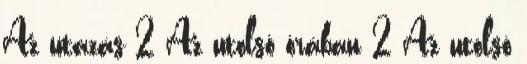
Az utazás 2 Az utolsó órában 2 Az utolsó